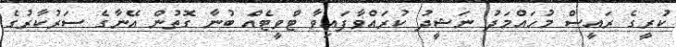
ކުރީގެ ރައީސް މުހައްމަދު ނަޝީދު ކުރައްވާފައިވާ ޓްވީޓެއް ބުނާ ގޮތުން އޭނާގެ ސަރުކާރުގެ